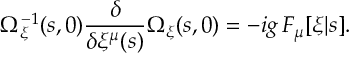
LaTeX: \Omega _ { \xi } ^ { - 1 } ( s , 0 ) { \frac { \delta } { \delta \xi ^ { \mu } ( s ) } } \Omega _ { \xi } ( s , 0 ) = - i g \, F _ { \mu } [ \xi | s ] .